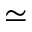
\simeq